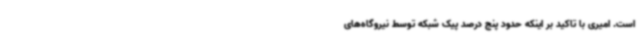
است. امیری با تاکید بر اینکه حدود پنج درصد پیک شبکه توسط نیروگاه‌های